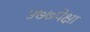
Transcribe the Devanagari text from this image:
५७७पेक्षा